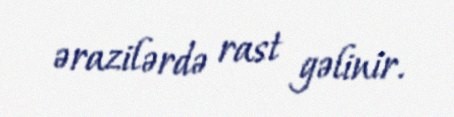
ərazilərdə rast gəlinir.